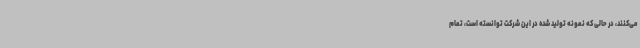
می‌کنند، در حالی که نمونه تولید شده در این شرکت توانسته است، تمام